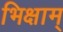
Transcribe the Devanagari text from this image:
भिक्षाम्